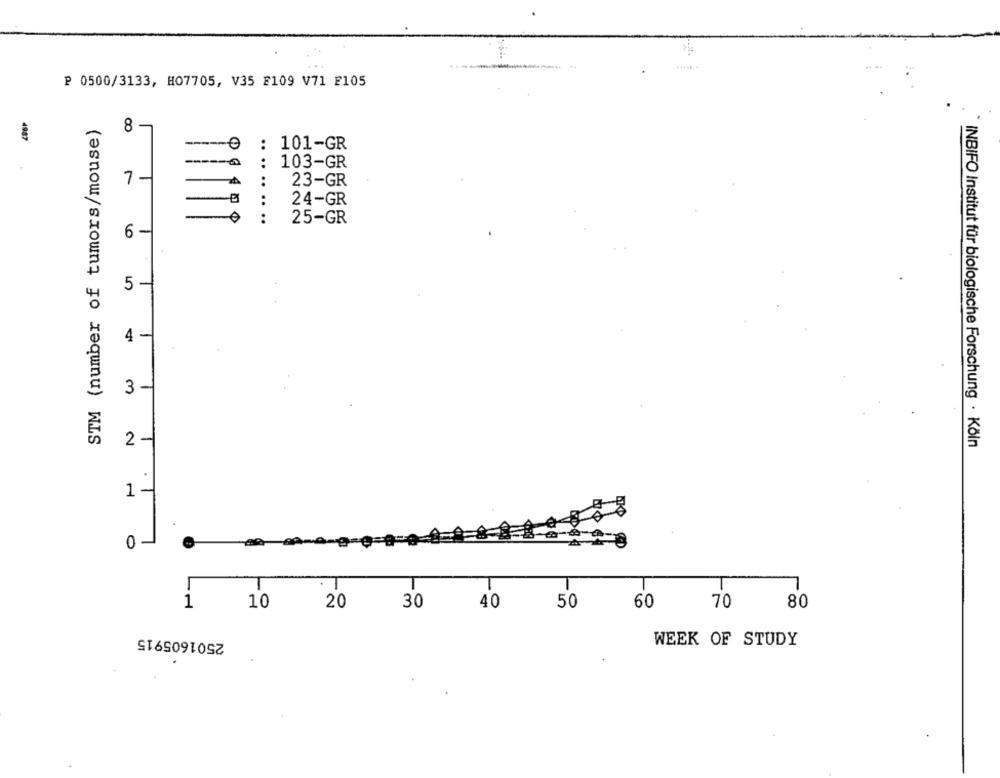
----
₽ 0500/3133, H07705, V35 E109 V71 F105
STM (number of tumors/mouse)
8
4987
: 101-GR
103-GR
7
23-GR
24-GR
:
25-GR
6 -
5
4 -
3
2
INBIFO Institut für biologische Forschung · Köln
.
1 -
DE.
0 -
T
T
T
1
10
20
30
40
50
60
70
80
2501605915
WEEK OF STUDY